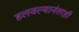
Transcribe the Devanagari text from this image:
हलवल्यानंतरही